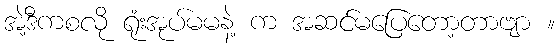
အဲ့ဒီကစလို ရုံးအုပ်မမနဲ့ က အဆင်မပြေတော့တာဗျာ ။